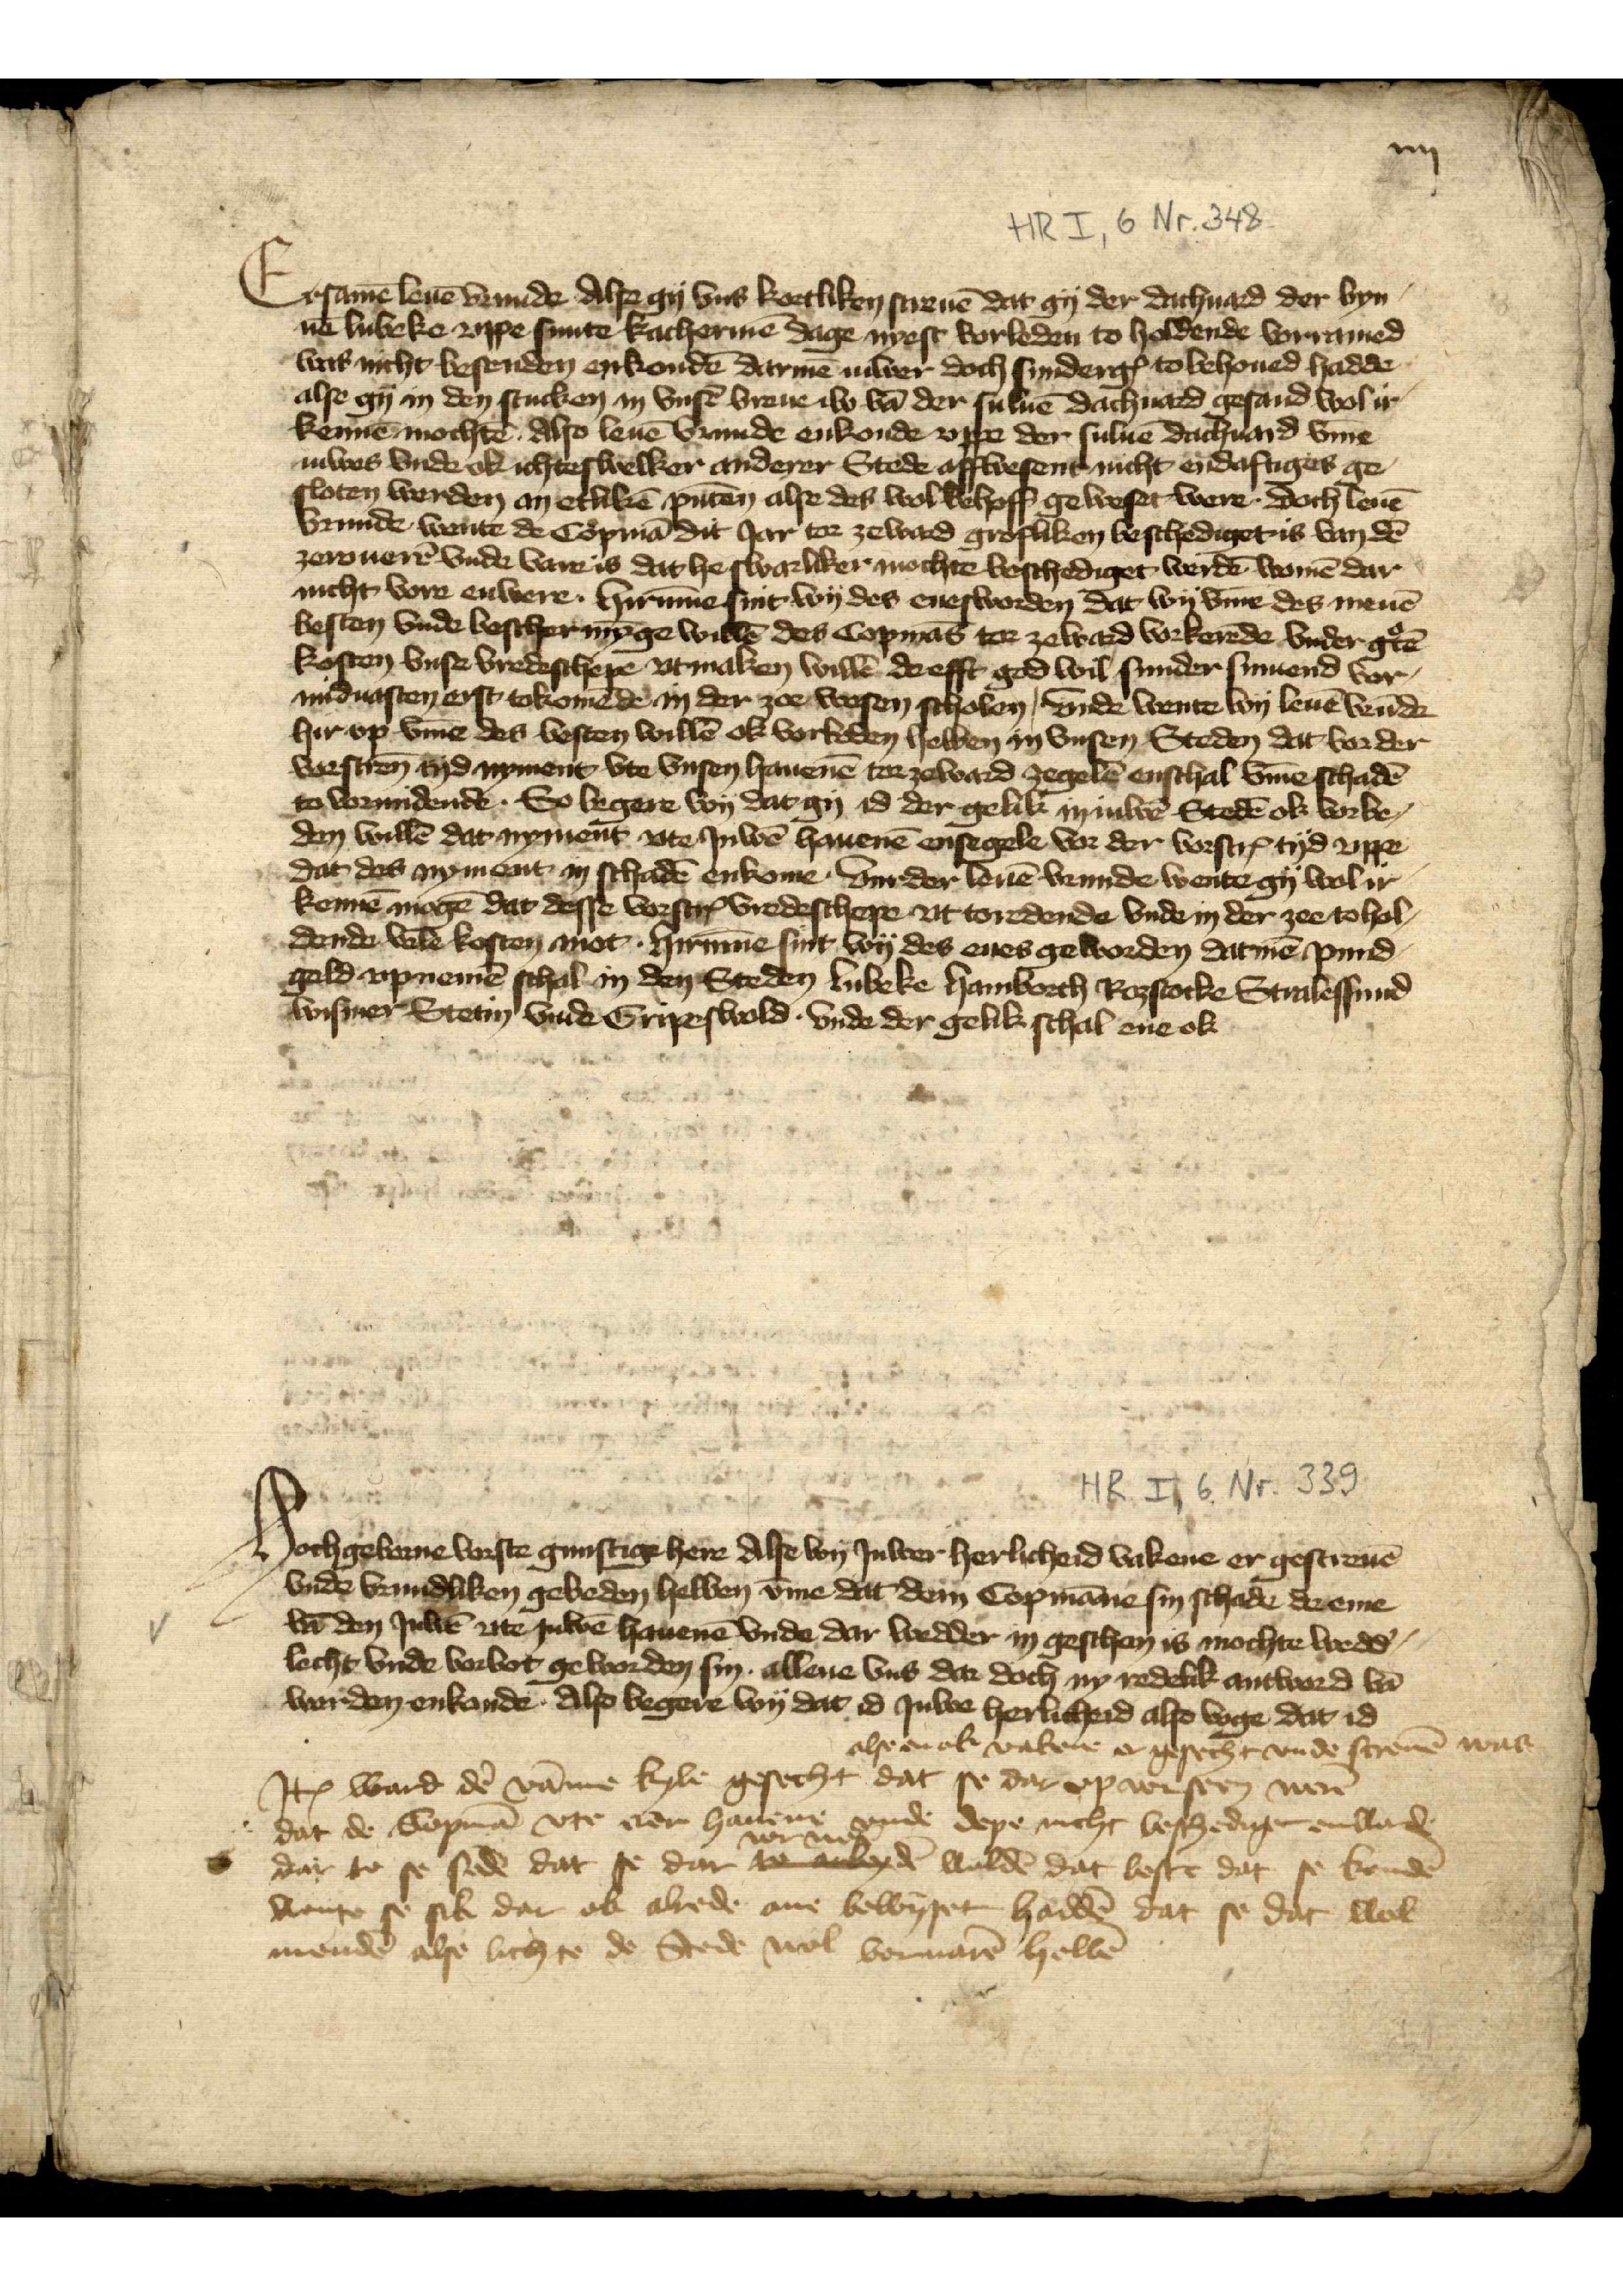
ij

Ersamē leuē vrunde Alse gy vns kortliken screuē dat gy der dachuard der byn¬
nē Lubeke vppe sunte kachermē dage nyest vorleden to holdende vorramed
was nicht besenden enkondē darmē iuwer doch sundergꝬ to behoued hadde
alse gy in den stucken in vnsē breue iw vā der suluē dachuard gesand wol ir¬
kennē mochtē Also leuē vrunde enkonde vppe der suluē dachuard v̄me
iuwers vnde ok ichteswelker anderer Stede affwesene nicht endaftiges ge¬
sloten worden an etlikē pūten alse des wol behoff geweset were. doch leuē
vrunde, wente de Copmā dit Jar to zeward grosliken beschediget is van dē
zerouerē vnde ware is dat he swarliker mochte beschediget werdē womē dar
nicht vore enwere. Hirūme sint wy des enesworden dat wy v̄me des menē
besten vnde beschermȳge willē des Copmās tor zeward vorkorēde vnder g̉tē
kosten vnse vredeschepe vtmaken willē de efft god wil sunder sinuend vor
miduasten erst tokomēd in der zee wesen scholen, vnde wente wy leuē vrūde
hir op v̄me des besten willē ok vorboden hebben in vnsen Steden dat vor der
vorscrēn tyd nyment vte vnsen hauenē tor zeward zegelē enschal v̄me schadē
to vormidender. So legere wy dat gy id der gelik in iuwē Stedē ok vorbe¬
den willē dat nyment vte Juwē hauerē ensegele vor der vorscrꝬ tyd vppe
dat des nyment in schadē enkome. Vm der leuē vrunde wente gy wol ir¬
kennē mogē dat desse vorscrꝬ vredeschepe vt toredende vnde in der zee to hol¬
dende vele kosten mot. Hirūme sint wy des enes geworden datmē pund¬
geld vpnemē schal in den Steden Lubeke Hamborch Roztocke Stralessund
Wismer Stetin vnde Gripeswold. Vnde der gelik schal ene ok

Hochgeborne vorste gunstige here Alse wy Juwer herlicheid vakene er gescreuē
vnde vrundliken gebeden hebben v̄me dat dem Copmāne sin schade de eme
vn̄ den Juwē ute Juwē hauenē vnde dar wedder in geschan is mochte wedd̉¬
lecht vnde vorbot geworden sin. allene vns dar doch ny redelik antword vā
werden enkonde. Also begere wy dat id Juwe herlicheid also voge dat id

Jꝷ ward dē vāme Kyle gesecht 
alse en ok vakene en gesecht vnde screuē was
dat se dar vpwesen werē
dat de Copmā vte ere hauene vnde depe nicht beshedigen enwordē
dar to se sedē dat se dar 
vor ne
to aobod woldē dat beste dat se kundē
wente se sik dar ok alrede ane bewyset haddē dat se dat wol
mendē alse lich te de Stede wol voruarē hebbē